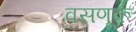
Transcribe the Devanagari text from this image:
वसणूक